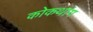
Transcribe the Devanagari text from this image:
कोकथांग